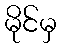
မိုင်မှ